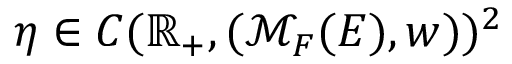
\eta \in C ( \mathbb { R } _ { + } , ( \mathcal { M } _ { F } ( E ) , w ) ) ^ { 2 }